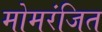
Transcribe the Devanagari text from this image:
मोमरंजित